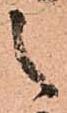
之